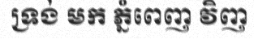
ទ្រង់ មក ភ្នំពេញ វិញ